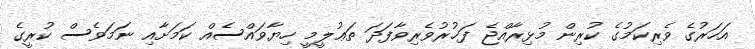
އަހަރުގެ ވެރިކަމުގެ ކުރިން މުޅިރާއްޖެ ފަޚުރުވެރިވާފަދަ ތަޢުލީމީ ހިޔާވައްސެއް ކަމަށާއި ނަމަވެސް ކުރީގެ